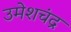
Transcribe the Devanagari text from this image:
उमेशचंद्र